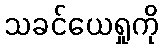
သခင်ယေရှုကို